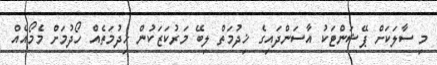
މި ސާލަކަށް ޕޭޝަންޓަކު އާސަންދައިގެ ޚިދުމަތް ލިބޭ މަރުކަޒަކުން ޚިދުމަތެއް ހޯދުމަށް މެމޯއެއް